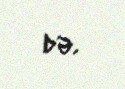
də.